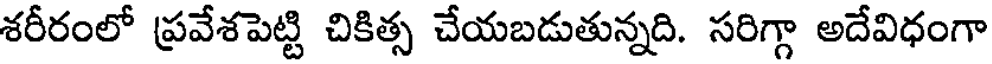
శరీరంలో ప్రవేశపెట్టి చికిత్స చేయబడుతున్నది. సరిగ్గా అదేవిధంగా